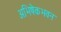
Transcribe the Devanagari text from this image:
अभिषेकभवन